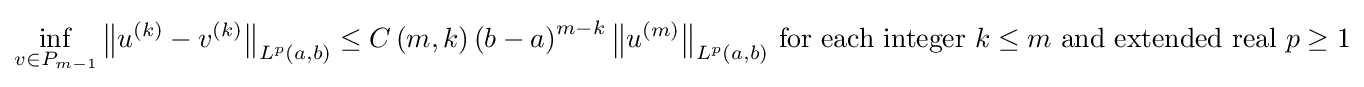
\inf _{v\in P_{m-1}}{\bigl \Vert }u^{\left(k\right)}-v^{\left(k\right)}{\bigr \Vert }_{L^{p}\left(a,b\right)}\leq C\left(m,k\right)\left(b-a\right)^{m-k}{\bigl \Vert }u^{\left(m\right)}{\bigr \Vert }_{L^{p}\left(a,b\right)}{\text{ for each integer }}k\leq m{\text{ and extended real }}p\geq 1